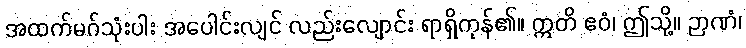
အထက်မဂ်သုံးပါး အပေါင်းလျင် လည်းလျောင်း ရာရှိကုန်၏။ ဣတိ ဧဝံ၊ ဤသို့။ ဉာဏံ၊